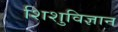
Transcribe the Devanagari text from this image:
शिशुविज्ञान